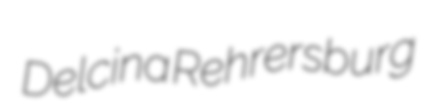
Delcina Rehrersburg